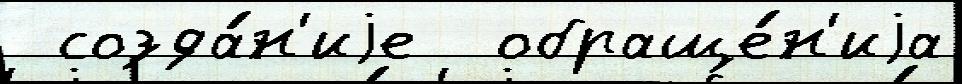
 созда́н'иjе  обраще́н'иjа